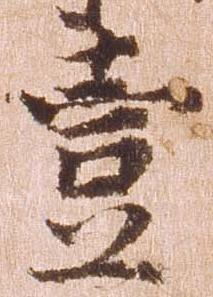
壱